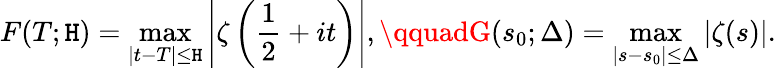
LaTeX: F(T;\mathtt{H})=\operatorname*{max}_{|t-T|\leq\mathtt{H}}\left|\zeta\left({\frac{{1}}{{2}}}+it\right)\right|,\qquadG(s_{0};\Delta)=\operatorname*{max}_{|s-s_{0}|\leq\Delta}|\zeta(s)|.